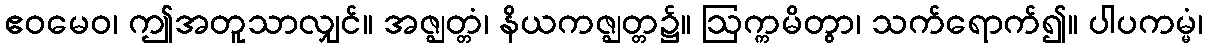
ဧဝမေဝ၊ ဤအတူသာလျှင်။ အဇ္ဈတ္တံ၊ နိယကဇ္ဈတ္တ၌။ ဩက္ကမိတွာ၊ သက်ရောက်၍။ ပါပကမ္မံ၊